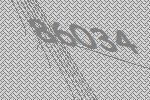
86034